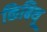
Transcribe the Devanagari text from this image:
किबिथू